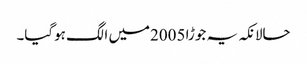
حالانکہ یہ جوڑا 2005میں الگ ہوگیا۔